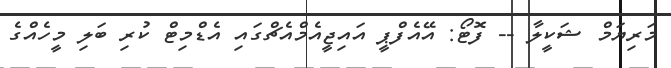
މަރިޔަމް ޝަކީލާ -- ފޮޓޯ: އޭއެފްޕީ އައިޖީއެމްއެޗްގައި އެޑްމިޓް ކުރި ބަލި މީހެއްގެ